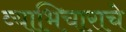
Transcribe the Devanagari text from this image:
व्याभिचाराचे